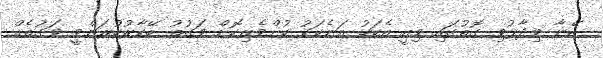
އޭނާ ވިދާޅުވި ގޮތުގައި މިއީ އެކަކު އަނެކަކު ކުށްވެރިކޮށް ވަގުތު ބޭކާރުކުރަންވީ ވަގުތެއް